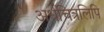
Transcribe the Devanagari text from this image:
अर्धचित्रलिपि